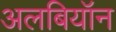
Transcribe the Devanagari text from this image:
अलबियॉन